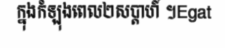
ក្នុងកំឡុងពេល២សប្តាហ៍ ។Egat